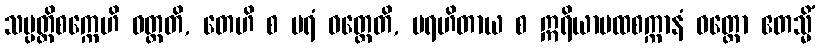
သမ္ပတ္တိစက္ကေဟိ ဝတ္တတိ, တေဟိ စ ပရံ ဝတ္တေတိ, ပရဟိတာယ စ ဣရိယာပထစက္ကာနံ ဝတ္တော ဧတသ္မိံ